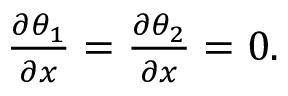
\begin{array} { r } { \frac { \partial \theta _ { 1 } } { \partial x } = \frac { \partial \theta _ { 2 } } { \partial x } = 0 . } \end{array}